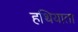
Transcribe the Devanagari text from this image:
हथियाता